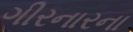
ગીરનારના